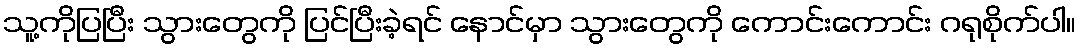
သူ့ကိုပြပြီး သွားတွေကို ပြင်ပြီးခဲ့ရင် နောင်မှာ သွားတွေကို ကောင်းကောင်း ဂရုစိုက်ပါ။